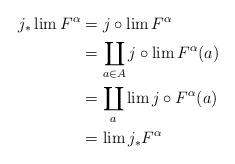
LaTeX: \begin{align*}j_* \lim F^{\alpha} &=j \circ \lim F^{\alpha} \\&= \coprod_{a \in A} j \circ \lim F^{\alpha}(a) \\&= \coprod_a \lim j \circ F^{\alpha}(a) \\&= \lim j_*F^{\alpha} \end{align*}